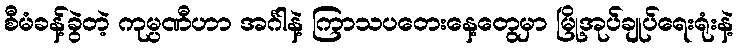
စီမံခန့်ခွဲတဲ့ ကုမ္ပဏီဟာ အင်္ဂါနဲ့ ကြာသပတေးနေ့တွေမှာ မြို့အုပ်ချုပ်ရေးရုံးနဲ့